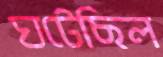
ঘটেছিল